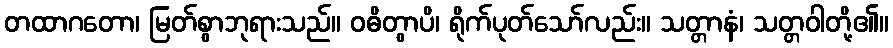
တထာဂတော၊ မြတ်စွာဘုရားသည်။ ဝဓိတွာပိ၊ ရိုက်ပုတ်သော်လည်း။ သတ္တာနံ၊ သတ္တဝါတို့၏။